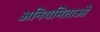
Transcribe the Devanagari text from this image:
अनियमिताओं